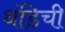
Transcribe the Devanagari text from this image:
थंडिची